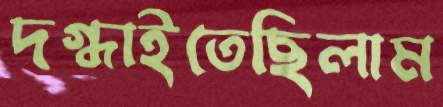
দগ্ধাইতেছিলাম